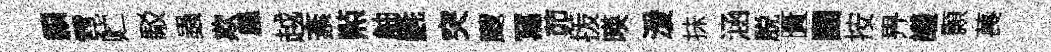
纇霓贮駁蟲欺凰越紊㸃舳氎突颼冩茆㧞暎湲抺涵脱匱團按畀議顥萇